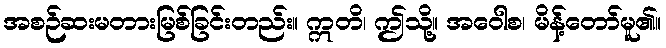
အစဉ်ဆးမတားမြစ်ခြင်းတည်း။ ဣတိ၊ ဤသို့။ အဝေါစ၊ မိန့်တော်မူ၏။